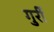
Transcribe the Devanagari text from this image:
गुर्री